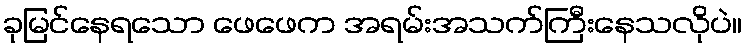
ခုမြင်နေရသော ဖေဖေက အရမ်းအသက်ကြီးနေသလိုပဲ။